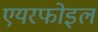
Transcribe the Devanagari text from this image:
एयरफोइल